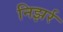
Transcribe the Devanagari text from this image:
निझर्र